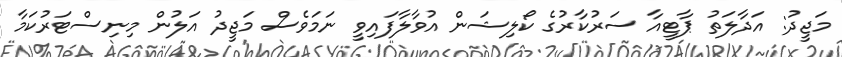
މަޖީދު: އަދާލަތު ޕާޓީއާ ސަރުކާރުގެ ކޯލިޝަން އުވާލާފައިވީ ނަމަވެސް މަޖީދު އަލުން މިނިސްޓަރުކަމާ